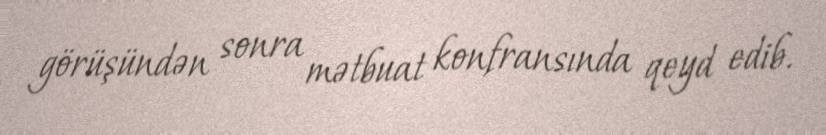
görüşündən sonra mətbuat konfransında qeyd edib.